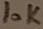
Text: 10K